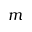
m